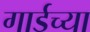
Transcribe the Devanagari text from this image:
गार्डच्या